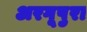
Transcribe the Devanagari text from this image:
अरगूपुरा